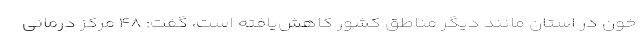
خون در استان مانند دیگر مناطق کشور کاهش‌یافته است، گفت: ۴۸ مرکز درمانی